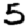
Digit: 5